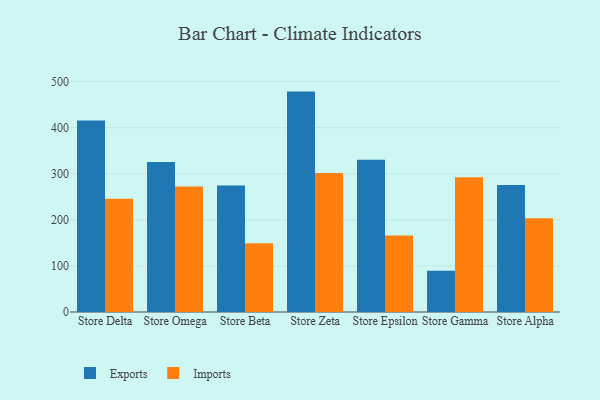
{"axis": {"x": "Store", "y": "Backlog"}, "legend": ["Exports", "Imports"], "data": [{"x": "Store Delta", "y": 415.4, "type": "Exports"}, {"x": "Store Delta", "y": 245.6, "type": "Imports"}, {"x": "Store Omega", "y": 325.3, "type": "Exports"}, {"x": "Store Omega", "y": 272.4, "type": "Imports"}, {"x": "Store Beta", "y": 274.4, "type": "Exports"}, {"x": "Store Beta", "y": 149.0, "type": "Imports"}, {"x": "Store Zeta", "y": 478.3, "type": "Exports"}, {"x": "Store Zeta", "y": 301.8, "type": "Imports"}, {"x": "Store Epsilon", "y": 330.2, "type": "Exports"}, {"x": "Store Epsilon", "y": 166.0, "type": "Imports"}, {"x": "Store Gamma", "y": 89.7, "type": "Exports"}, {"x": "Store Gamma", "y": 292.5, "type": "Imports"}, {"x": "Store Alpha", "y": 275.4, "type": "Exports"}, {"x": "Store Alpha", "y": 203.6, "type": "Imports"}]}